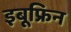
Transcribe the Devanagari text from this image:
इबूफ्रिन